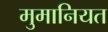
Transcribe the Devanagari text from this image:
मुमानियत